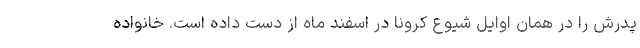
پدرش را در همان اوایل شیوع کرونا در اسفند ماه از دست داده است. خانواده